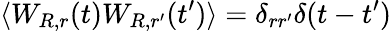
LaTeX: \langle W_{R,r}(t)W_{R,r^{\prime}}(t^{\prime})\rangle=\delta_{rr^{\prime}}\delta(t-t^{\prime})